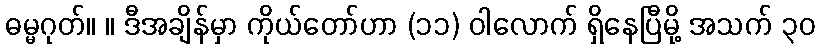
ဓမ္မဂုတ်။ ။ ဒီအချိန်မှာ ကိုယ်တော်ဟာ (၁၁) ဝါလောက် ရှိနေပြီမို့ အသက် ၃၀